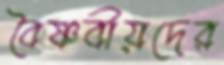
বৈষ্ণবীয়দের